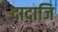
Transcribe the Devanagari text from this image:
दादाजि